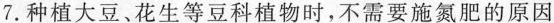
7.种植大豆、花生等豆科植物时，不需要施氮肥的原因